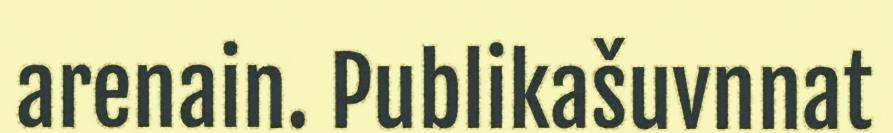
arenain. Publikašuvnnat